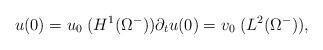
LaTeX: \begin{align*}u(0) = u_0 \;( H^1(\Omega^-)) \partial_t u(0) = v_0 \;( L^2(\Omega^-)), \end{align*}